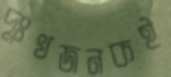
দুঃখজনকই